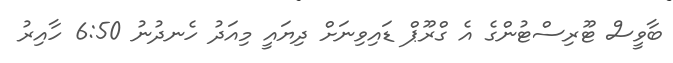
ބާވީސް ޓޫރިސްޓުންގެ އެ ގްރޫޕް ޑައިވިނަށް ދިޔައީ މިއަދު ހެނދުނު 6:50 ހާއިރު